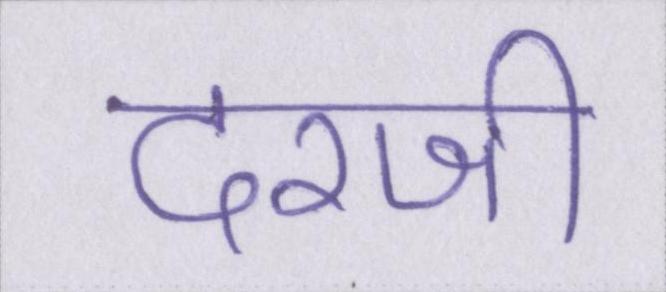
दरजी